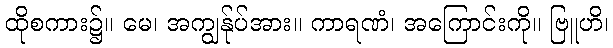
ထိုစကား၌။ မေ၊ အကျွန်ုပ်အား။ ကာရဏံ၊ အကြောင်းကို။ ဗြူဟိ၊